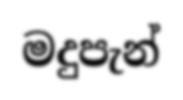
මදුපැන්